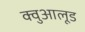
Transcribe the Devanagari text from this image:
क्वुआलूड